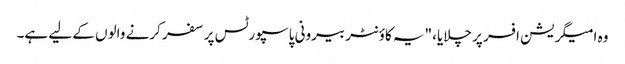
وہ امیگریشن افسر پر چلایا، "یہ کاؤنٹر بیرونی پاسپورٹس پر سفر کرنے والوں کے لیے ہے۔